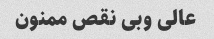
عالی و‌بی نقص ممنون